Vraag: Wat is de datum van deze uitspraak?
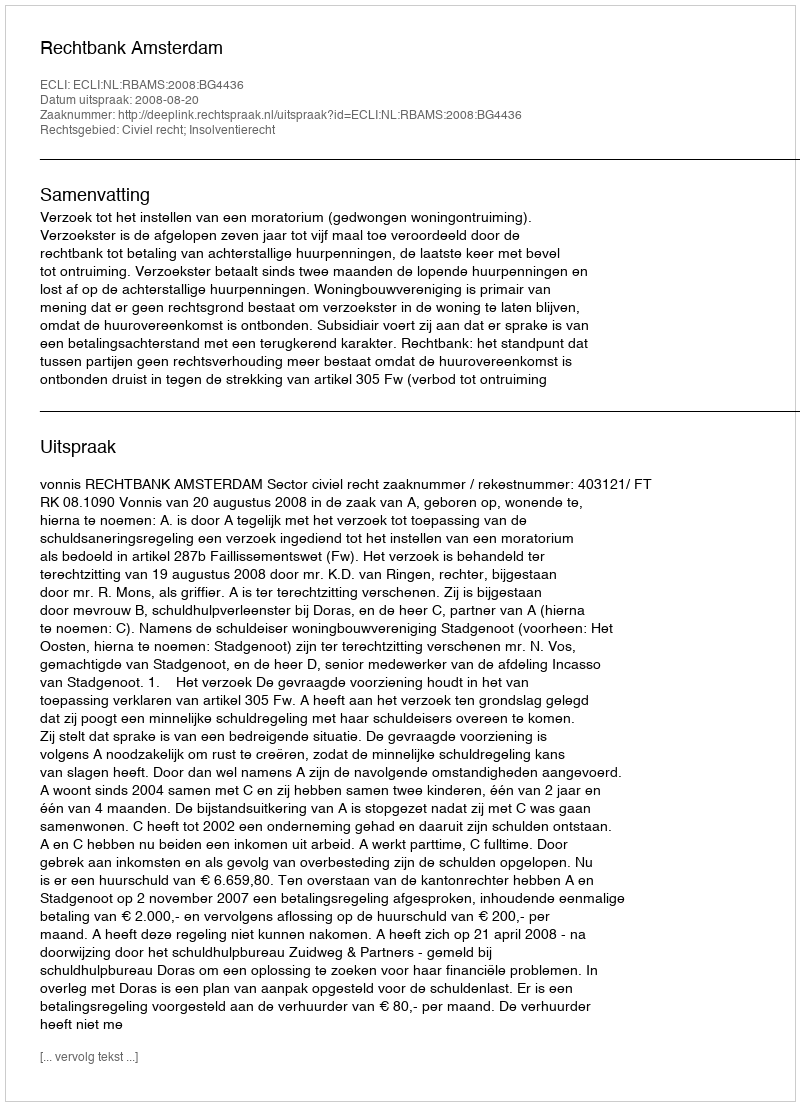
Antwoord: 2008-08-20